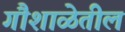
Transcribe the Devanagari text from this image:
गौशाळेतील